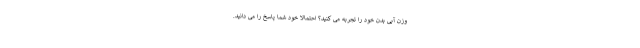
وزن آبی بدن خود را تجربه می کنید؟ احتمالا خود شما پاسخ را می دانید.